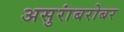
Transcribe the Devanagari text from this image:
असुरांबरोबर